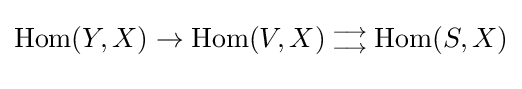
\mathrm {Hom} (Y,X)\rightarrow \mathrm {Hom} (V,X){{{} \atop \longrightarrow } \atop {\longrightarrow  \atop {}}}\mathrm {Hom} (S,X)